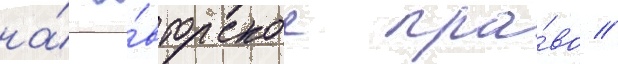
на́ а́вторское пра́во //